Lunatic asylums Madras 1877-1891 - 1877-1891
Year: 1877
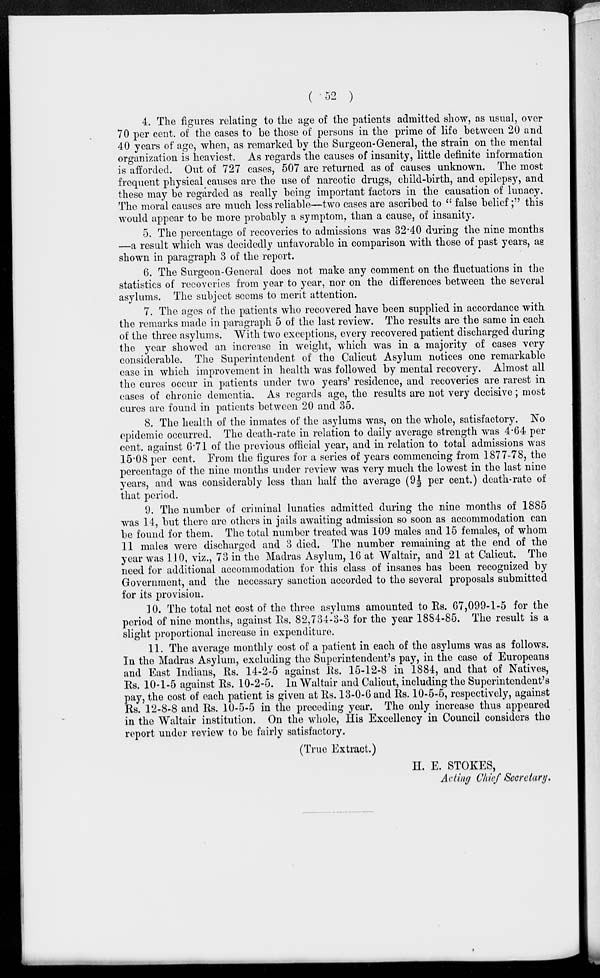
( 52 )
4. The figures relating to the age of the patients admitted show, as usual, over
70 per cent. of the cases to be those of persons in the prime of life between 20 and
40 years of age, when, as remarked by the Surgeon-General, the strain on the mental
organization is heaviest. As regards the causes of insanity, little definite information
is afforded. Out of 727 cases, 507 are returned as of causes unknown. The most
frequent physical causes are the use of narcotic drugs, child-birth , and epilepsy, and
these may be regarded as really being important factors in the causation of lunacy.
The moral causes are much less reliable—two cases are ascribed to " false belief ;" this
would appear to be more probably a symptom, than a cause, of insanity.
5. The percentage of recoveries to admissions was 32.40 during the nine months
—a result which was decidedly unfavorable in comparison with those of past years, as
shown in paragraph 3 of the report.
6. The Surgeon-General does not make any comment on the fluctuations in the
statistics of recoveries from year to year, nor on the differences between the several
asylums. The subject seems to merit attention.
7. The ages of the patients who recovered have been supplied in accordance with
the remarks made in paragraph 5 of the last review. The results are the same in each
of the three asylums. With two exceptions, every recovered patient discharged during
the year showed an increase in weight, which was in a majority of cases very
considerable. The Superintendent of the Calicut Asylum notices one remarkable
case in which improvement in health was followed by mental recovery. Almost all
the cures occur in patients under two years' residence, and recoveries are rarest in
cases of chronic dementia. As regards age, the results are not very decisive; most
cures are found in patients between 20 and 35.
8. The health of the inmates of the asylums was, on the whole, satisfactory. No
epidemic occurred. The death-rate in relation to daily average strength was 4-64 per
cent. against 6.71 of the previous official year, and in relation to total admissions was
15.08 per cent. From the figures for a series of years commencing from 1877-78, the
percentage of the nine months under review was very much the lowest in the last nine
years, and was considerably less than half the average (9½ per cent.) death-rate of
that period.
9. The number of criminal lunatics admitted during the nine months of 1885
was 14, but there are others in jails awaiting admission so soon as accommodation can
be found for them. The total number treated was 109 males and 15 females, of whom
11 males were discharged and 3 died. The number remaining at the end of the
year was 110, viz., 73 in the Madras Asylum, 16 at Waltair, and 21 at Calicut. The
need for additional accommodation for this class of insanes has been recognized by
Government, and the necessary sanction accorded to the several proposals submitted
for its provision.
10. The total net cost of the three asylums amounted to Rs. 67,099-1-5 for the
period of nine months, against Rs. 82,734-3-3 for the year 1884-85. The result is a
slight proportional increase in expenditure.
11. The average monthly cost of a patient in each of the asylums was as follows.
In the Madras Asylum, excluding the Superintendent's pay, in the case of Europeans
and East Indians, Rs. 14-2-5 against Rs. 15-12-8 in 1884, and that of Natives,
Rs. 10-1-5 against Rs. 10-2-5. In Waltair and Calicut, including the Superintendent's
pay, the cost of each patient is given at Rs. 13-0-6 and Rs. 10-5-5, respectively, against
Rs. 12-8-8 and Rs. 10-5-5 in the preceding year. The only increase thus appeared
in the Waltair institution. On the whole, His Excellency in Council considers the
report under review to be fairly satisfactory.
(True Extract.)
H. E. STOKES,
Acting Chief Secretary.